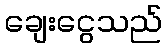
ချေးငွေသည်